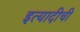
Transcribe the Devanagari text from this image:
इत्यादीची